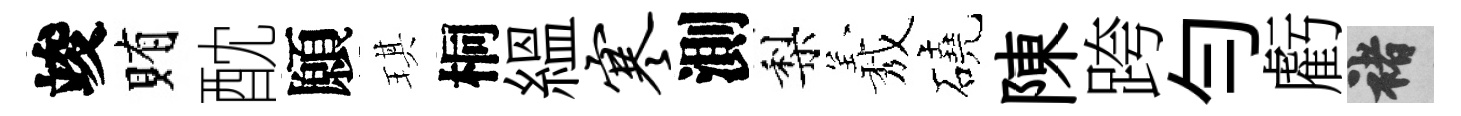
竣賄酖願琪桐緼寒測梨𦏁磽陳跨勻虧褚